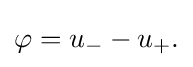
\displaystyle {\varphi =u_{-}-u_{+}.}